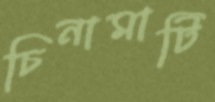
চিনামাটি